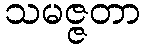
သမဇ္ဇတာ